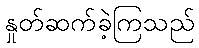
နှုတ်ဆက်ခဲ့ကြသည်